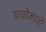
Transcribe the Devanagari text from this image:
कायदेमंडळे